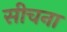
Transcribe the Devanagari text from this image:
सीचना